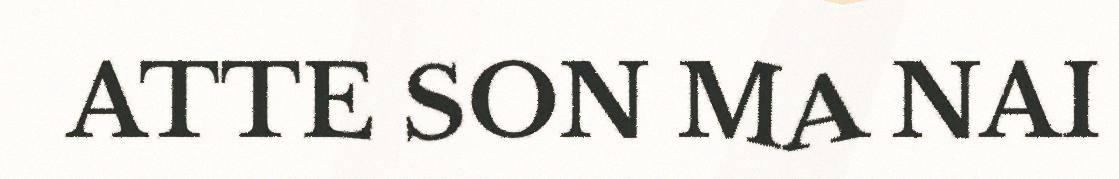
ATTE SON MA NAI